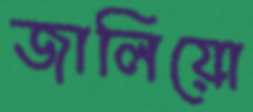
জালিয়ো